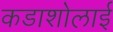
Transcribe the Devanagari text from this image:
कडाशोलाई